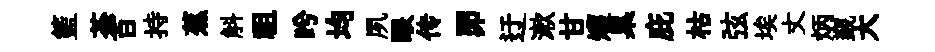
籃荼百持蕉斛祖盻均夙眼传𦊑迂漱甘矱臬庇枯弦埃丈炳覲大